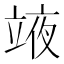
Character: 𮄳